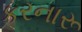
કરનારૂ